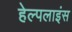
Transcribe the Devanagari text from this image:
हेल्पलाइंस